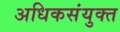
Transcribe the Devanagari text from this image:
अधिकसंयुक्त